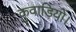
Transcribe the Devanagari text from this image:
कुवाड़ियों।